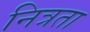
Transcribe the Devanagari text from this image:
नित्रता